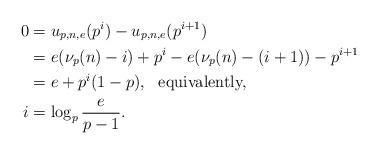
LaTeX: \begin{align*} 0 &= u_{p,n,e}(p^i) - u_{p,n,e}(p^{i+1}) \\ &= e(\nu_p(n) - i) + p^i - e(\nu_p(n) - (i+1)) - p^{i+1} \\ &= e + p^i(1-p) , \mbox{\ \ equivalently,} \\ i &= \log_p\frac{e}{p-1}.\end{align*}